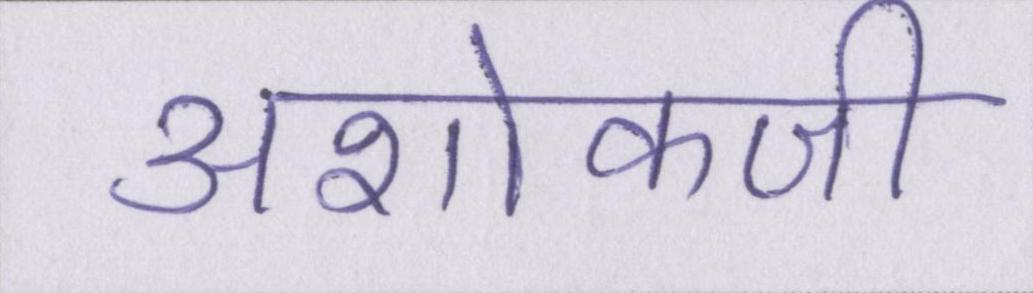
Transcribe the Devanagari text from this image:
अशोकजी